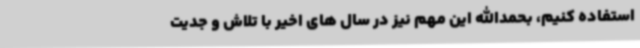
استفاده کنیم، بحمدالله این مهم نیز در سال های اخیر با تلاش و جدیت